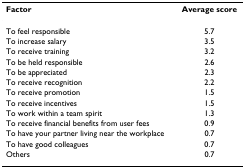
| Factor | Average score |
 | --- | --- |
 | To feel responsible | 5.7 |
 | To increase salary | 3.5 |
 | To receive training | 3.2 |
 | To be held responsible | 2.6 |
 | To be appreciated | 2.3 |
 | To receive recognition | 2.2 |
 | To receive promotion | 1.5 |
 | To receive incentives | 1.5 |
 | To work within a team spirit | 1.3 |
 | To receive financial benefits from user fees | 0.9 |
 | To have your partner living near the workplace | 0.7 |
 | To have good colleagues | 0.7 |
 | Others | 0.7 |